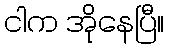
ငါက အိုနေပြီ။